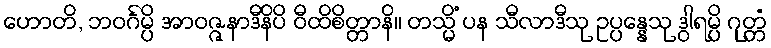
ဟောတိ, ဘဝင်္ဂမ္ပိ အာဝဇ္ဇနာဒီနိပိ ဝီထိစိတ္တာနိ။ တသ္မိံ ပန သီလာဒီသု ဥပ္ပန္နေသု ဒွါရမ္ပိ ဂုတ္တံ